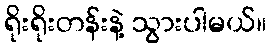
ရိုးရိုးတန်းနဲ့ သွားပါမယ်။